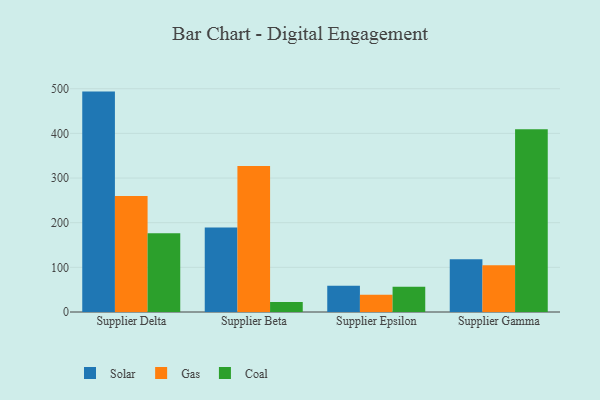
{"axis": {"x": "Supplier", "y": "Inventory Turnover"}, "legend": ["Coal", "Gas", "Solar"], "data": [{"x": "Supplier Delta", "y": 493.6, "type": "Solar"}, {"x": "Supplier Delta", "y": 259.6, "type": "Gas"}, {"x": "Supplier Delta", "y": 176.4, "type": "Coal"}, {"x": "Supplier Beta", "y": 189.4, "type": "Solar"}, {"x": "Supplier Beta", "y": 327.0, "type": "Gas"}, {"x": "Supplier Beta", "y": 22.3, "type": "Coal"}, {"x": "Supplier Epsilon", "y": 58.9, "type": "Solar"}, {"x": "Supplier Epsilon", "y": 38.4, "type": "Gas"}, {"x": "Supplier Epsilon", "y": 56.8, "type": "Coal"}, {"x": "Supplier Gamma", "y": 118.0, "type": "Solar"}, {"x": "Supplier Gamma", "y": 104.9, "type": "Gas"}, {"x": "Supplier Gamma", "y": 409.4, "type": "Coal"}]}